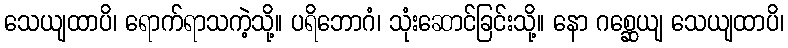
သေယျထာပိ၊ ရောက်ရာသကဲ့သို့။ ပရိဘောဂံ၊ သုံးဆောင်ခြင်းသို့။ နော ဂစ္ဆေယျ သေယျထာပိ၊